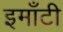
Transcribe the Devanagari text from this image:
इमाँटी